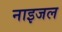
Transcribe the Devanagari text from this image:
नाइजल